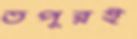
তপুরই